Report on lock hospitals in British Burma
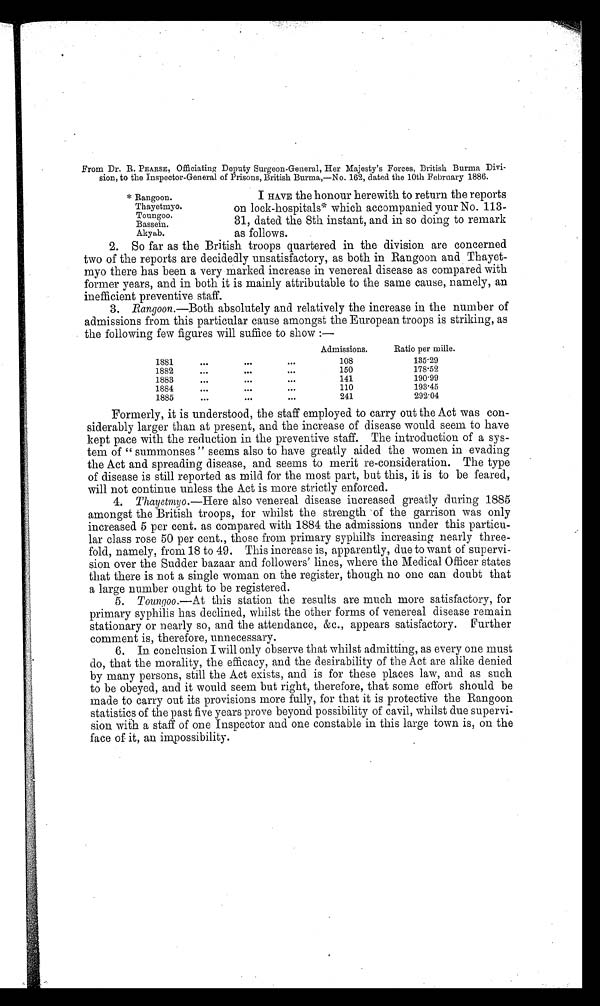
From Dr. R. PEARSE, Officiating Deputy Surgeon-General, Her Majesty's Forces, British Burma Divi-
sion, to the Inspector-General of Prisons, British Burma,—No. 162, dated the 10th February 1886.
* Rangoon.
Thayetmyo.
Toungoo.
Bassein.
Akyab.
I HAVE the honour herewith to return the reports
on lock-hospitals* which accompanied your No. 113-
31, dated the 8th instant, and in so doing to remark
as follows.
2. So far as the British troops quartered in the division are concerned
two of the reports are decidedly unsatisfactory, as both in Rangoon and Thayet-
myo there has been a very marked increase in venereal disease as compared with
former years, and in both it is mainly attributable to the same cause, namely, an
inefficient preventive staff.
3. Rangoon.—Both absolutely and relatively the increase in the number of
admissions from this particular cause amongst the European troops is striking, as
the following few figures will suffice to show :—
Admissions.
Ratio per mille.
1881
...
...
. . .
108
135.29
1882
...
. . .
...
150
178.52
1883
...
...
...
141
190.99
1884
...
. . .
...
110
193.45
1885
...
. . .
. . .
241
292.04
Formerly, it is understood, the staff employed to carry out the Act was con-
siderably larger than at present, and the increase of disease would seem to have
kept pace with the reduction in the preventive staff. The introduction of a sys-
tem of " summonses " seems also to have greatly aided the women in evading
the Act and spreading disease, and seems to merit re-consideration. The type
of disease is still reported as mild for the most part, but this, it is to be feared,
will not continue unless the Act is more strictly enforced.
4. Thayetmyo.—Here also venereal disease increased greatly during 1885
amongst the British troops, for whilst the strength of the garrison was only
increased 5 per cent. as compared with 1884 the admissions under this particu-
lar class rose 50 per cent., those from primary syphilis increasing nearly three-
fold, namely, from 18 to 49. This increase is, apparently, due to want of supervi-
sion over the Sudder bazaar and followers' lines, where the Medical Officer states
that there is not a single woman on the register, though no one can doubt that
a large number ought to be registered.
5. Toungoo.— At this station the results are much more satisfactory, for
primary syphilis has declined, whilst the other forms of venereal disease remain
stationary or nearly so, and the attendance, &c., appears satisfactory. Further
comment is, therefore, unnecessary.
6. In conclusion I will only observe that whilst admitting, as every one must
do, that the morality, the efficacy, and the desirability of the Act are alike denied
by many persons, still the Act exists, and is for these places law, and as such
to be obeyed, and it would seem but right, therefore, that some effort should be
made to carry out its provisions more fully, for that it is protective the Rangoon
statistics of the past five years prove beyond possibility of cavil, whilst due supervi-
sion with a staff of one Inspector and one constable in this large town is, on the
face of it, an impossibility.